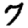
Digit: 7